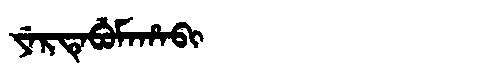
Manchu: ᠶᡝᡵᡨᡝᠪᡠᠮᠠᡥᠠᠪᡳ
Romanization: YERTEBUMAHABI